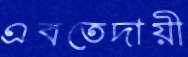
এবতেদায়ী